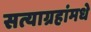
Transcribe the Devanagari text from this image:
सत्याग्रहांमधे